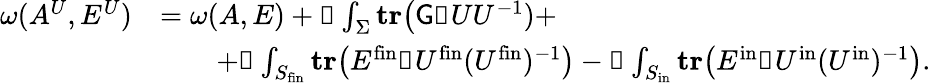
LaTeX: \begin{array}{rl}{\omega(A^{U},E^{U})}&{=\omega(A,E)+\mathbb{d}\int_{\Sigma}\mathbf{tr}\big(\mathsf{G}\mathbb{d}UU^{-1})+}\\ &{\qquad+\mathbb{d}\int_{S_{\mathrm{fin}}}\mathbf{tr}\big(E^{\mathrm{fin}}\mathbb{d}U^{\mathrm{fin}}(U^{\mathrm{fin}})^{-1}\big)-\mathbb{d}\int_{S_{\mathrm{in}}}\mathbf{tr}\big(E^{\mathrm{in}}\mathbb{d}U^{\mathrm{in}}(U^{\mathrm{in}})^{-1}\big).}\end{array}